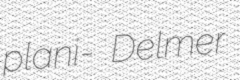
plani- Delmer